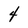
Character: 4